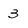
Character: 3